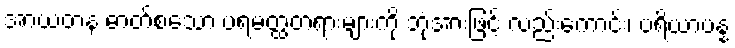
အာယတန ဓာတ်စသော ပရမတ္ထတရားများကို ဘုံအားဖြင့် လည်းကောင်း၊ ပရိယာပန္န